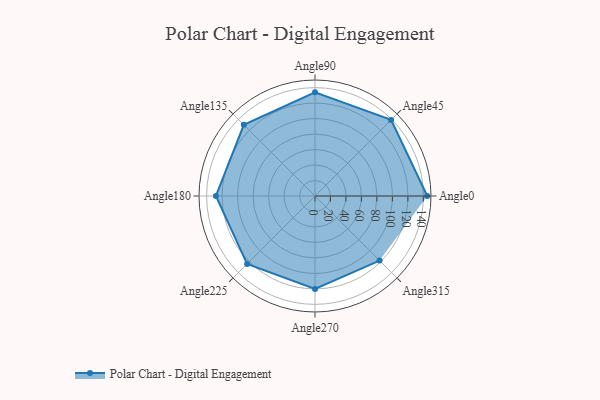
{"axis": {"x": "Angle", "y": "Radius"}, "legend": [""], "data": [{"x": "Angle0", "y": 145.0, "type": ""}, {"x": "Angle45", "y": 139.0, "type": ""}, {"x": "Angle90", "y": 134.0, "type": ""}, {"x": "Angle135", "y": 130.0, "type": ""}, {"x": "Angle180", "y": 128.0, "type": ""}, {"x": "Angle225", "y": 124.0, "type": ""}, {"x": "Angle270", "y": 120.0, "type": ""}, {"x": "Angle315", "y": 118.0, "type": ""}]}